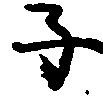
子